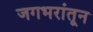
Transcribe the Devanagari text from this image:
जगभरांतून